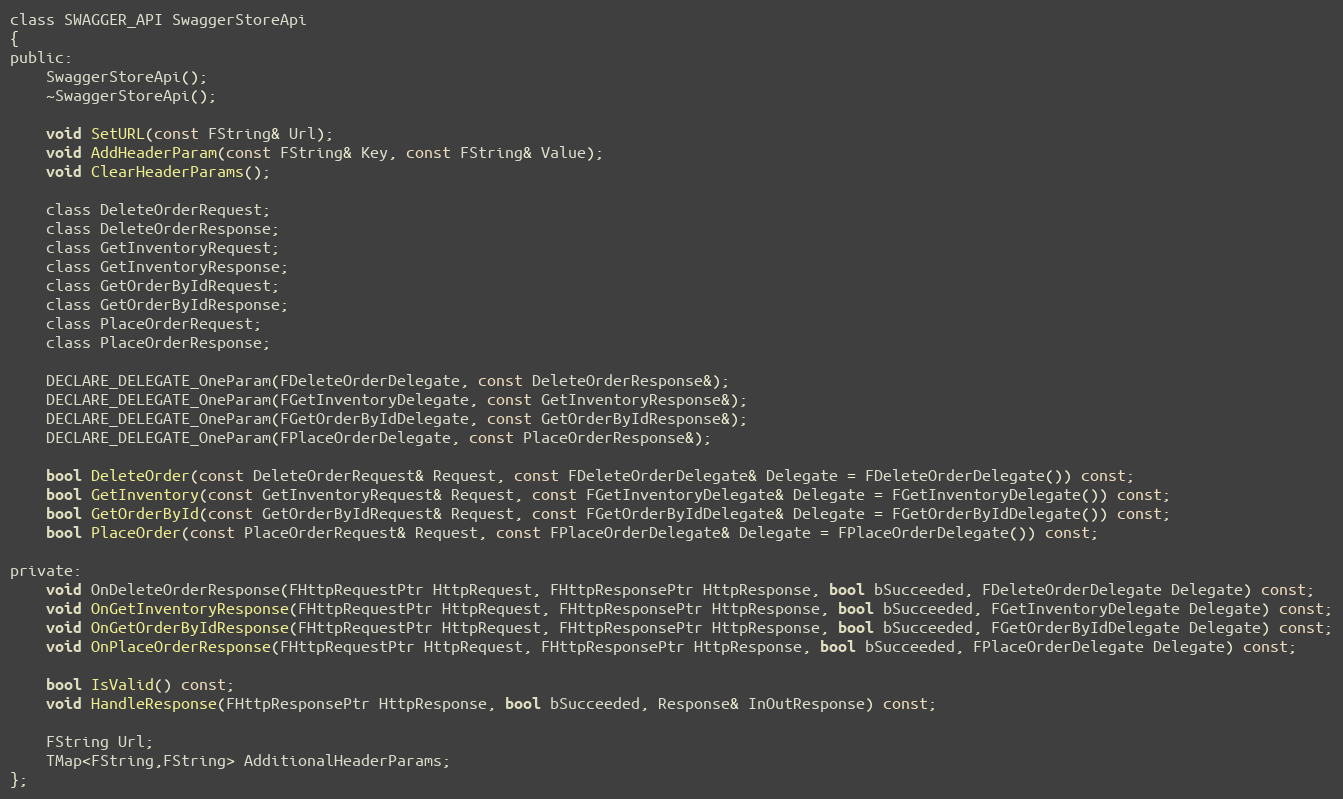
Language: C
class SWAGGER_API SwaggerStoreApi
{
public:
	SwaggerStoreApi();
	~SwaggerStoreApi();

	void SetURL(const FString& Url);
	void AddHeaderParam(const FString& Key, const FString& Value);
	void ClearHeaderParams();

	class DeleteOrderRequest;
	class DeleteOrderResponse;
	class GetInventoryRequest;
	class GetInventoryResponse;
	class GetOrderByIdRequest;
	class GetOrderByIdResponse;
	class PlaceOrderRequest;
	class PlaceOrderResponse;

    DECLARE_DELEGATE_OneParam(FDeleteOrderDelegate, const DeleteOrderResponse&);
    DECLARE_DELEGATE_OneParam(FGetInventoryDelegate, const GetInventoryResponse&);
    DECLARE_DELEGATE_OneParam(FGetOrderByIdDelegate, const GetOrderByIdResponse&);
    DECLARE_DELEGATE_OneParam(FPlaceOrderDelegate, const PlaceOrderResponse&);

    bool DeleteOrder(const DeleteOrderRequest& Request, const FDeleteOrderDelegate& Delegate = FDeleteOrderDelegate()) const;
    bool GetInventory(const GetInventoryRequest& Request, const FGetInventoryDelegate& Delegate = FGetInventoryDelegate()) const;
    bool GetOrderById(const GetOrderByIdRequest& Request, const FGetOrderByIdDelegate& Delegate = FGetOrderByIdDelegate()) const;
    bool PlaceOrder(const PlaceOrderRequest& Request, const FPlaceOrderDelegate& Delegate = FPlaceOrderDelegate()) const;

private:
    void OnDeleteOrderResponse(FHttpRequestPtr HttpRequest, FHttpResponsePtr HttpResponse, bool bSucceeded, FDeleteOrderDelegate Delegate) const;
    void OnGetInventoryResponse(FHttpRequestPtr HttpRequest, FHttpResponsePtr HttpResponse, bool bSucceeded, FGetInventoryDelegate Delegate) const;
    void OnGetOrderByIdResponse(FHttpRequestPtr HttpRequest, FHttpResponsePtr HttpResponse, bool bSucceeded, FGetOrderByIdDelegate Delegate) const;
    void OnPlaceOrderResponse(FHttpRequestPtr HttpRequest, FHttpResponsePtr HttpResponse, bool bSucceeded, FPlaceOrderDelegate Delegate) const;

	bool IsValid() const;
	void HandleResponse(FHttpResponsePtr HttpResponse, bool bSucceeded, Response& InOutResponse) const;

	FString Url;
	TMap<FString,FString> AdditionalHeaderParams;
};